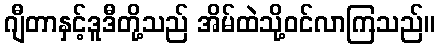
ဂျီတာနှင့်ဒူဒီတို့သည် အိမ်ထဲသို့ဝင်လာကြသည်။